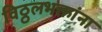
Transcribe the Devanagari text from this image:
विठ्ठलभक्तांना